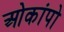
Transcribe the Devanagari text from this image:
ओकांपो